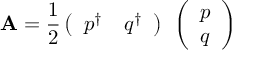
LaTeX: { \bf A } = { \frac { 1 } { 2 } } \left( \begin{array} { c c } { { p ^ { \dagger } } } & { { q ^ { \dagger } } } \end{array} \right) { \bf \sigma } \left( \begin{array} { c } { { p } } \\ { { q } } \end{array} \right)